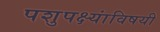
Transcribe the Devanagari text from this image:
पशुपक्ष्यांविषयी